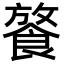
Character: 𩜢